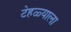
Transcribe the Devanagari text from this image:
टेहळ्याला